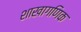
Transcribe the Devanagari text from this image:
शाखागणिक